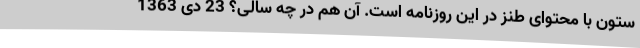
ستون با محتوای طنز در این روزنامه است. آن هم در چه سالی؟ 23 دی 1363